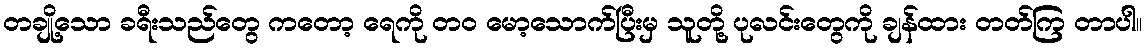
တချို့သော ခရီးသည်တွေ ကတော့ ရေကို တ၀ မော့သောက်ပြီးမှ သူတို့ ပုလင်းတွေကို ချန်ထား တတ်ကြ တာပါ။